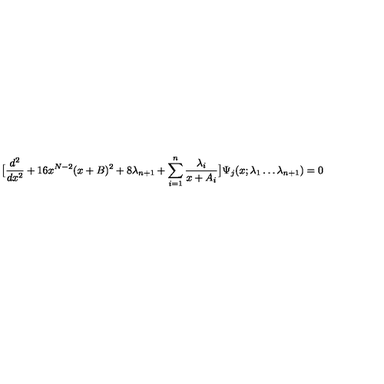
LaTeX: \big [ { \frac { d ^ { 2 } } { d x ^ { 2 } } } + 1 6 x ^ { N - 2 } ( x + B ) ^ { 2 } + 8 \lambda _ { n + 1 } + \sum _ { i = 1 } ^ { n } { \frac { \lambda _ { i } } { x + A _ { i } } } \big ] \Psi _ { j } ( x ; \lambda _ { 1 } \ldots \lambda _ { n + 1 } ) = 0